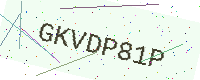
Text: GKVDP81P